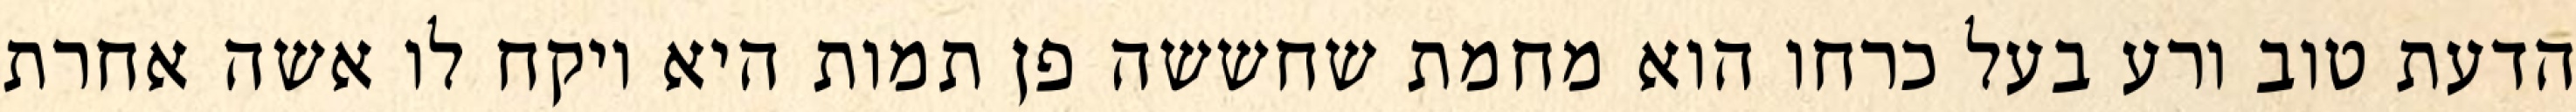
הדעת טוב ורע בעל כרחו הוא מחמת שחששה פן תמות היא ויקח לו אשה אחרת